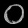
Digit: ၀